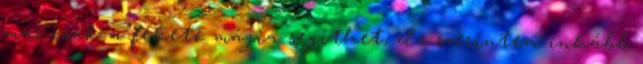
már csak a fekete mágia segíthet, de szerintem inkább